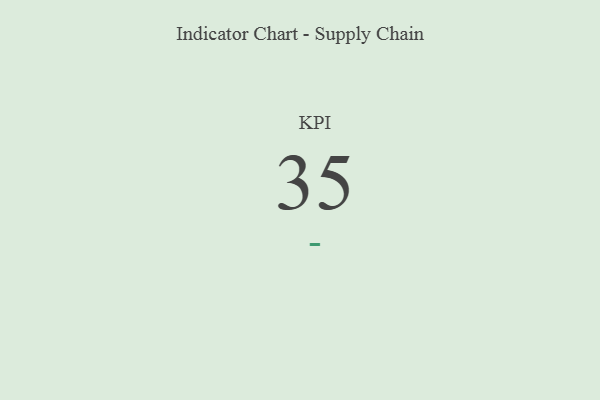
{"axis": {"x": "KPI", "y": "Value"}, "legend": [""], "data": [{"x": "KPI", "y": 35, "type": ""}]}